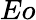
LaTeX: Eo